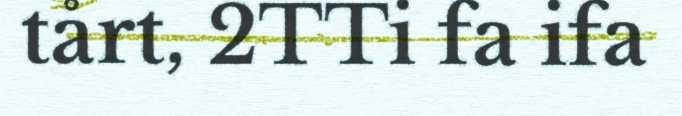
tårt, 2TTi fa ifa